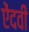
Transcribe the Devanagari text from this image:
ऐंदवी